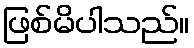
ဖြစ်မိပါသည်။